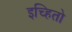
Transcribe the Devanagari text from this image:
इच्हितो